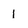
Character: l